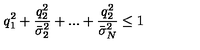
q _ { 1 } ^ { 2 } + \frac { q _ { 2 } ^ { 2 } } { \bar { \sigma } _ { 2 } ^ { 2 } } + . . . + \frac { q _ { 2 } ^ { 2 } } { \bar { \sigma } _ { N } ^ { 2 } } \leq 1